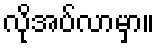
လိုအပ်လာမှာ။